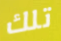
تلك